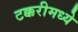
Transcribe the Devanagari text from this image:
टक्करीमध्ये